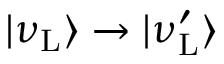
| \nu _ { \mathrm { L } } \rangle \to | \nu _ { \mathrm { L } } ^ { \prime } \rangle